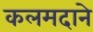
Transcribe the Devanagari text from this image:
कलमदाने